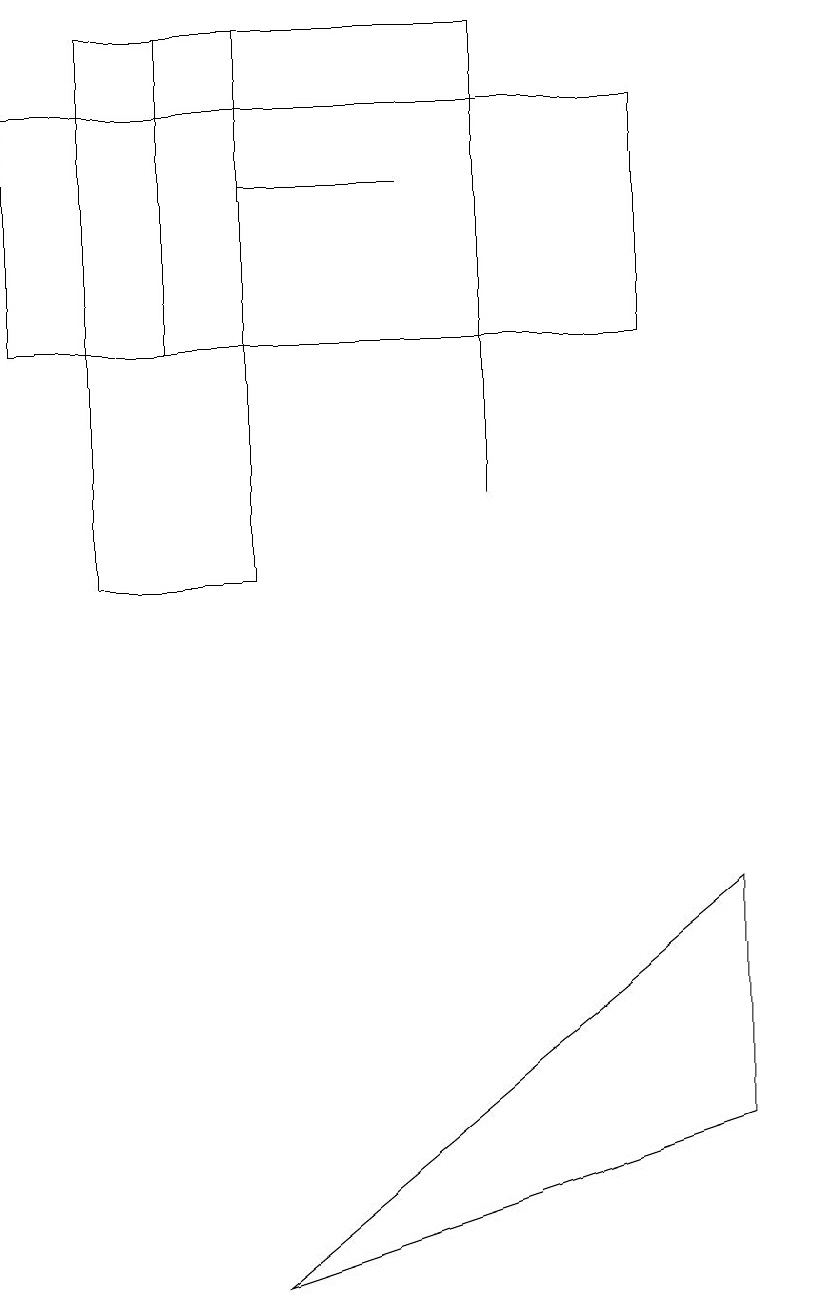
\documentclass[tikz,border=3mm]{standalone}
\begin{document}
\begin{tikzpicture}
\draw (3,16) rectangle (5,16);
\draw (6,14) rectangle (2,18);
\draw (3,2) -- (9,7) -- (9,4) -- cycle;
\draw (0,17) rectangle (8,14);
\draw (6,12) rectangle (6,16);
\draw (10,11) circle (0);
\draw (1,11) rectangle (3,18);
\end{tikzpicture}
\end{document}